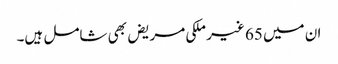
ان میں 65 غیر ملکی مریض بھی شامل ہیں۔